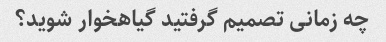
چه زمانی تصمیم گرفتید گیاهخوار شوید؟